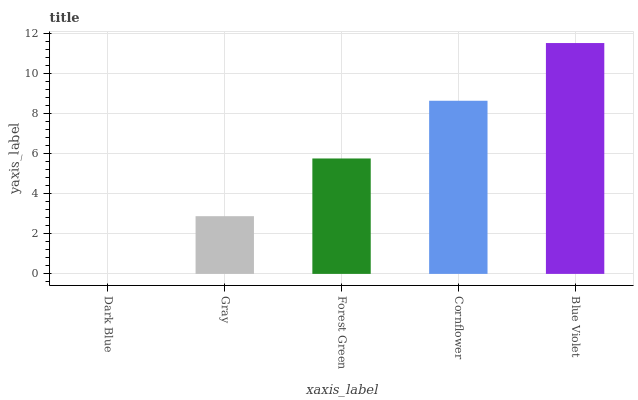
| xaxis_label | bars |
 | --- | --- |
 | Dark Blue | 0 |
 | Gray | 2.88 |
 | Forest Green | 5.76 |
 | Cornflower | 8.63 |
 | Blue Violet | 11.5 |